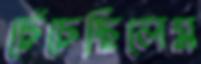
চেঁচেছিলেম